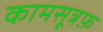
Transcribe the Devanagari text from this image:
कामसूत्रफ़